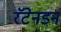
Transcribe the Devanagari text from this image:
रॅटेनडन